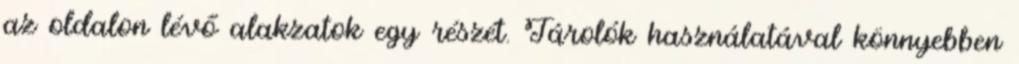
az oldalon lévő alakzatok egy részét. Tárolók használatával könnyebben